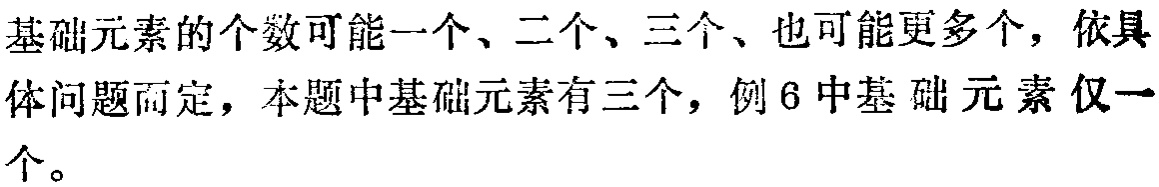
基础元素的个数可能一个、二个、三个、也可能更多个，依具体问题而定，本题中基础元素有三个，例6中基础元素仅一个。